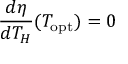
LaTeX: { \frac { d \eta } { d T _ { H } } } ( T _ { \mathrm { o p t } } ) = 0